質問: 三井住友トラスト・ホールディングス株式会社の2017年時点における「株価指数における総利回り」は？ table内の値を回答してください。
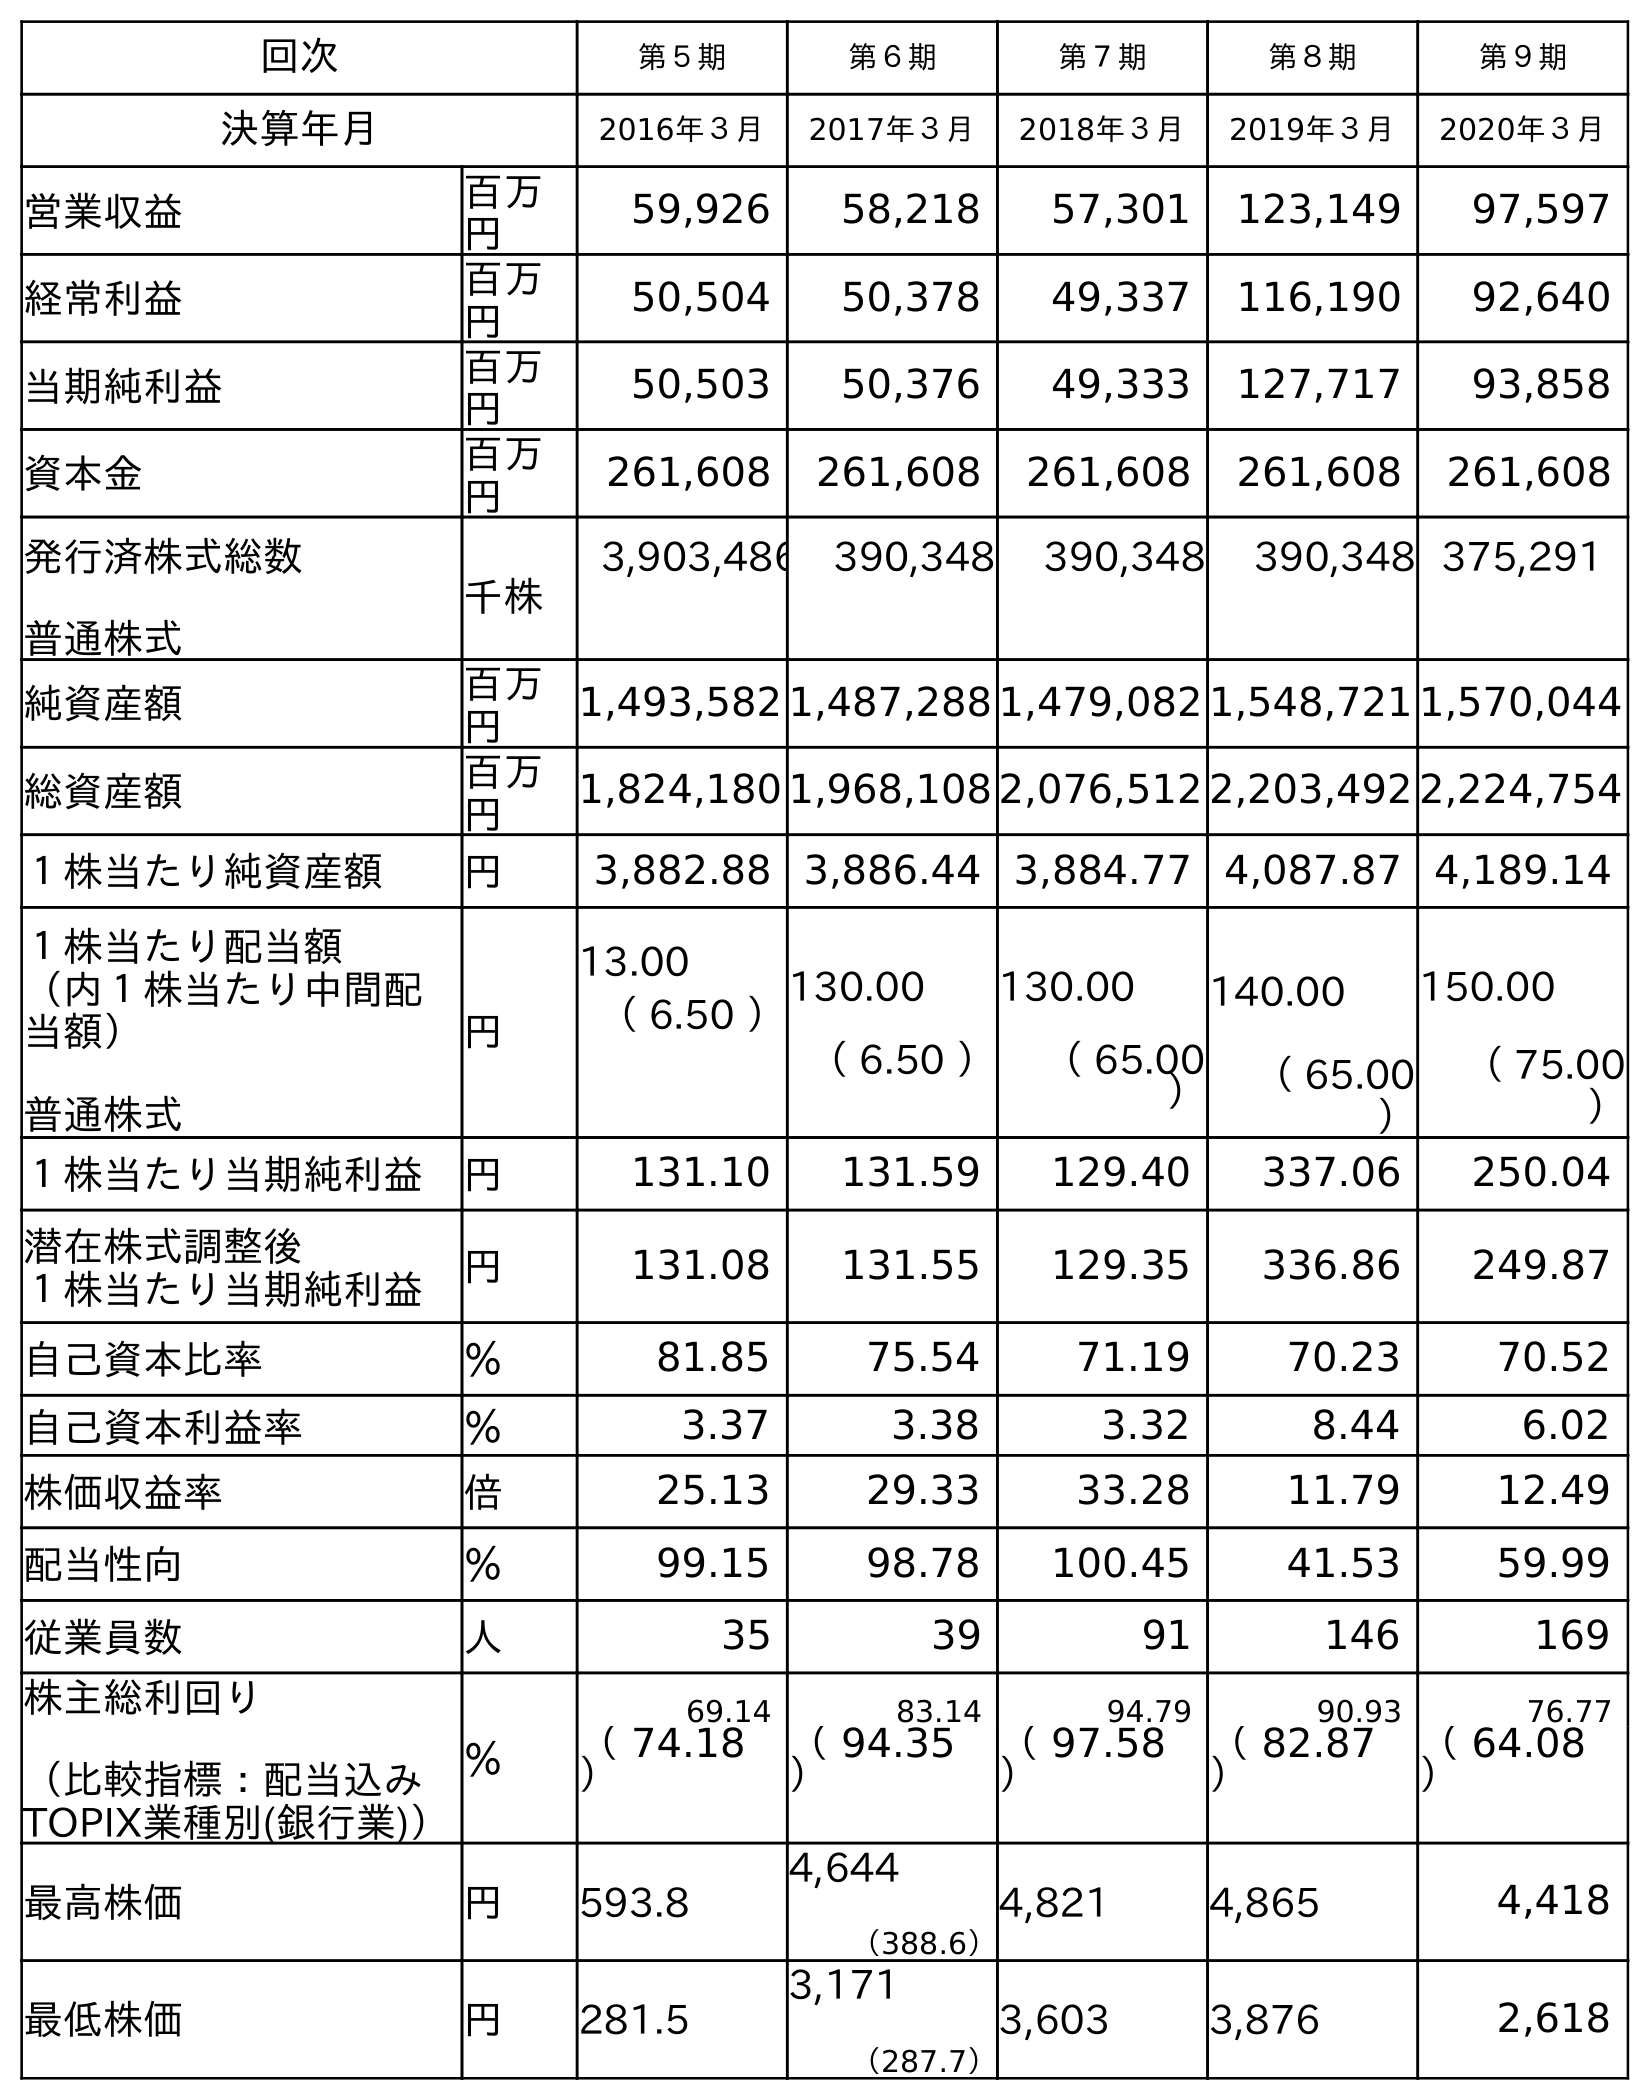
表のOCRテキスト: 回次 第５期 第６期 第７期 第８期 第９期 決算年月 2016年３月 2017年３月 2018年３月 2019年３月 2020年３月 営業収益 百万 円 59,926 58,218 57,301 123,149 97,597 経常利益 百万 円 50,504 50,378 49,337 116,190 92,640 当期純利益 百万 円 50,503 50,376 49,333 127,717 93,858 資本金 百万 円 261,608 261,608 261,608 261,608 261,608 発行済株式総数 普通株式 千株 3,903,486 390,348 390,348 390,348 375,291 純資産額 百万 円 1,493,582 1,487,288 1,479,082 1,548,721 1,570,044 総資産額 百万 円 1,824,180 1,968,108 2,076,512 2,203,492 2,224,754 １株当たり純資産額 円 3,882.88 3,886.44 3,884.77 4,087.87 4,189.14 １株当たり配当額 （内１株当たり中間配 当額） 普通株式 円 13.00 （ 6.50 ）130.00 （ 6.50 ） 130.00 （ 65.00 ） 140.00 （ 65.00 ） 150.00 （ 75.00 ） １株当たり当期純利益 円 131.10 131.59 129.40 337.06 250.04 潜在株式調整後 １株当たり当期純利益 円 131.08 131.55 129.35 336.86 249.87 自己資本比率 ％ 81.85 75.54 71.19 70.23 70.52 自己資本利益率 ％ 3.37 3.38 3.32 8.44 6.02 株価収益率 倍 25.13 29.33 33.28 11.79 12.49 配当性向 ％ 99.15 98.78 100.45 41.53 59.99 従業員数 人 35 39 91 146 169 株主総利回り （比較指標：配当込み TOPIX業種別(銀行業)） ％ 69.14 83.14 94.79 90.93 76.77 （ 74.18 ） （ 94.35 ） （ 97.58 ） （ 82.87 ） （ 64.08 ） 最高株価 円 593.8 4,644 （388.6） 4,821 4,865 4,418 最低株価 円 281.5 3,171 （287.7） 3,603 3,876 2,618
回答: （94.35）